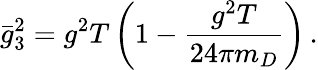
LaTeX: \bar{g}_{3}^{2}=g^{2}T\left(1-\frac{g^{2}T}{24\pi m_{D}}\right)\, .